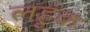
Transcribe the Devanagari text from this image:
लहुक